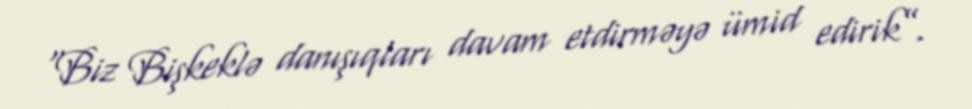
“Biz Bişkeklə danışıqları davam etdirməyə ümid edirik”.